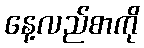
နေ့လည်စာကို